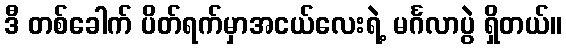
ဒီ တစ်ခေါက် ပိတ်ရက်မှာအငယ်လေးရဲ့ မင်္ဂလာပွဲ ရှိတယ်။